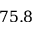
7 5 . 8